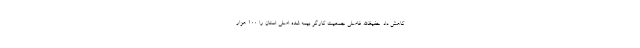
کاهش داد. حفیظ‌الله فاضلی جمعیت کارگر بیمه شده اصلی استان را ۱۰۰ هزار